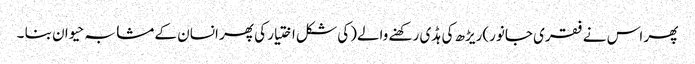
پھر اس نے فقری جانور)ریڑھ کی ہڈی رکھنے والے(کی شکل اختیار کی پھر انسان کے مشابہ حیوان بنا ۔